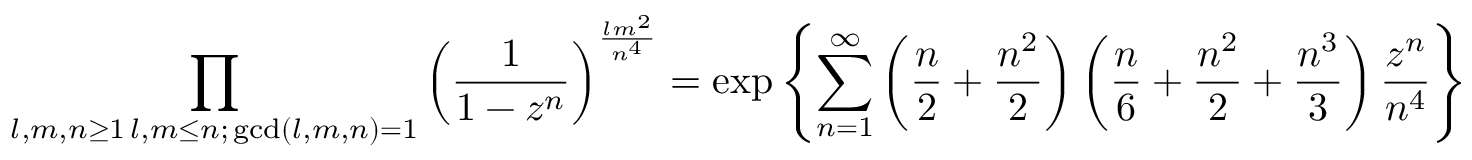
\prod _ { \substack { l , m , n \geq 1 \, l , m \leq n ; \, \operatorname* { g c d } ( l , m , n ) = 1 } } \left( \frac { 1 } { 1 - z ^ { n } } \right) ^ { \frac { l m ^ { 2 } } { n ^ { 4 } } } = \exp \left\{ \sum _ { n = 1 } ^ { \infty } \left( \frac { n } { 2 } + \frac { n ^ { 2 } } { 2 } \right) \left( \frac { n } { 6 } + \frac { n ^ { 2 } } { 2 } + \frac { n ^ { 3 } } { 3 } \right) \frac { z ^ { n } } { n ^ { 4 } } \right\}